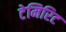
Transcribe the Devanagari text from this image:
टेमिरिट